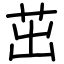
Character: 茁